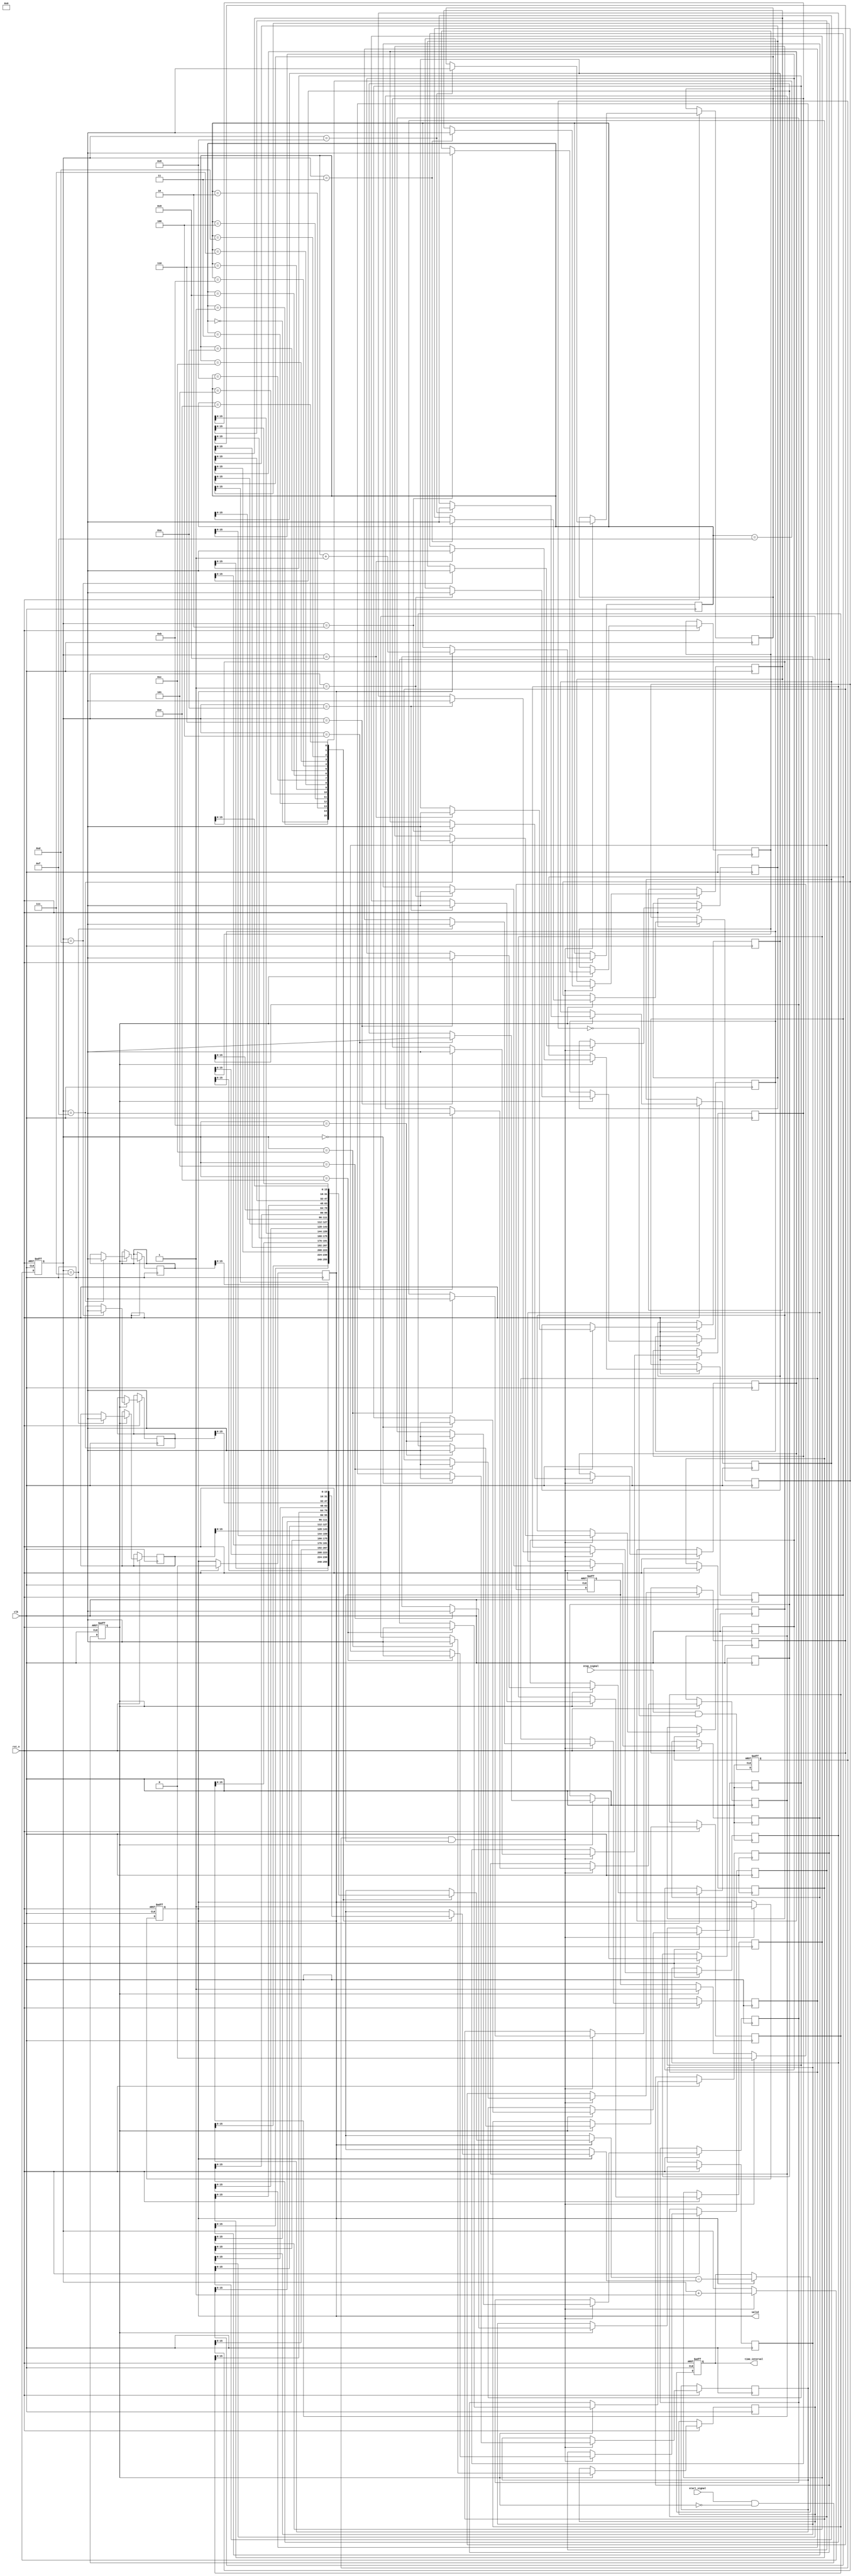
module TDC (
    input wire clk,                // System clock
    input wire rst_n,              // Active-low reset
    input wire start_signal,       // Start event signal
    input wire stop_signal,        // Stop event signal
    output reg [15:0] time_interval, // Output time interval
    output reg valid               // Output valid flag
);

// Parameters
parameter MEMORY_SIZE = 16;      // Number of timestamps to store
parameter TIMESTAMP_WIDTH = 32;   // Width of timestamp

// Memory blocks to store timestamps
reg [TIMESTAMP_WIDTH-1:0] start_memory [0:MEMORY_SIZE-1];
reg [TIMESTAMP_WIDTH-1:0] stop_memory [0:MEMORY_SIZE-1];
reg [3:0] write_pointer;          // Pointer for writing to memory
reg [3:0] read_pointer;           // Pointer for reading from memory
reg capturing;                    // State to indicate capturing events

// Edge detection logic
reg start_detected;
reg stop_detected;

// Event detection logic
always @(posedge clk or negedge rst_n) begin
    if (!rst_n) begin
        start_detected <= 0;
        stop_detected <= 0;
    end else begin
        // Detect rising edges
        start_detected <= start_signal && !start_detected;
        stop_detected <= stop_signal && !stop_detected;
    end
end

// Capture timestamps
always @(posedge clk or negedge rst_n) begin
    if (!rst_n) begin
        write_pointer <= 0;
        capturing <= 0;
        valid <= 0;
    end else begin
        if (start_detected) begin
            start_memory[write_pointer] <= $time; // Capture start timestamp
            capturing <= 1;
        end
        if (stop_detected && capturing) begin
            stop_memory[write_pointer] <= $time; // Capture stop timestamp
            write_pointer <= write_pointer + 1; // Increment write pointer
            capturing <= 0;
            valid <= 1; // Indicate valid output
        end
    end
end

// Time interval calculation
always @(posedge clk or negedge rst_n) begin
    if (!rst_n) begin
        time_interval <= 0;
    end else if (valid) begin
        time_interval <= stop_memory[read_pointer] - start_memory[read_pointer]; // Calculate time interval
        read_pointer <= read_pointer + 1; // Increment read pointer
        valid <= 0; // Reset valid flag
    end
end

endmodule